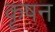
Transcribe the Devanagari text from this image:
कृषन